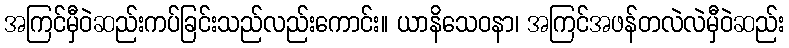
အကြင်မှီဝဲဆည်းကပ်ခြင်းသည်လည်းကောင်း။ ယာနိသေဝနာ၊ အကြင်အဖန်တလဲလဲမှီဝဲဆည်း